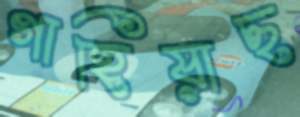
গাহিয়াছ